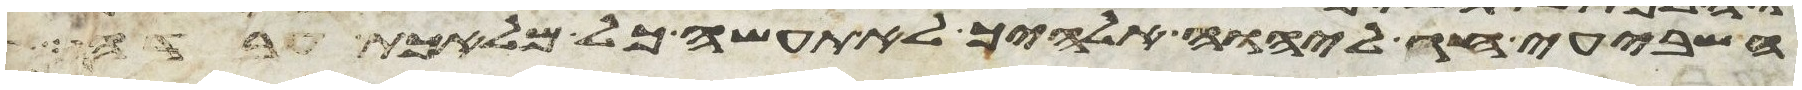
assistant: השביעי חג ליהוה אלהיך לא תעשה כל מלאכת עבדה